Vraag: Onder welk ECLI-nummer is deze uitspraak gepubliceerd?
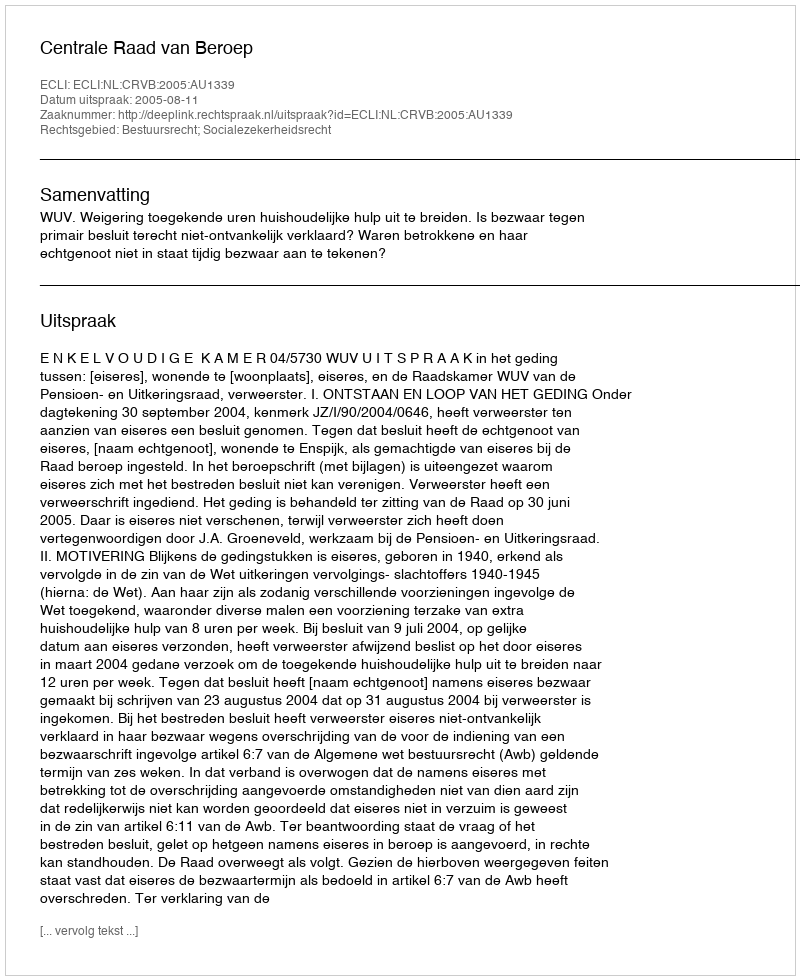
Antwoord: ECLI:NL:CRVB:2005:AU1339